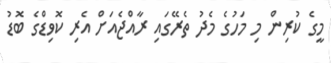
މީގެ ކުރިން މި މަހުގެ މެދު ތެރޭގައި ރާއްޖެއަށް އެރި ކޮވިޑްގެ ބޮޑު